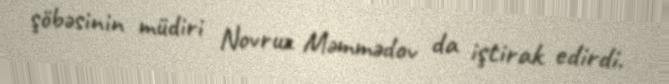
şöbəsinin müdiri Novruz Məmmədov da iştirak edirdi.